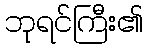
ဘုရင်ကြီး၏